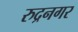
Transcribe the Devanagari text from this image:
रुद्रनगर